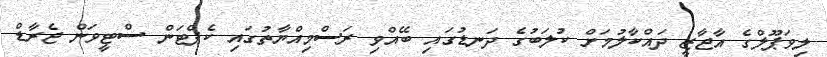
ލިވަޕޫލްގެ އާޖާޒީ ދައްކާލުމަށް ކުލަބުގެ ދަނޑުގައި ބޭއްވި ރަސްމިއްޔާތުގައި ކެޕްޓަން ސްޓީވަން ޖެރާޑް